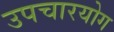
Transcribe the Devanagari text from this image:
उपचारयोग